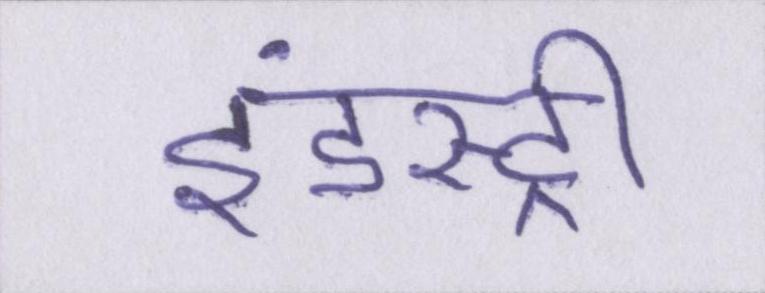
इंडस्ट्री